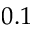
0 . 1